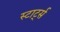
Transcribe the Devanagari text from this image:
स्टार्ट्स